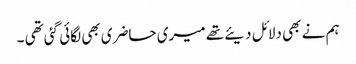
ہم نے بھی دلائل دیئے تھے میری حاضری بھی لگائی گئی تھی ۔